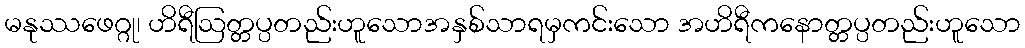
မနုဿဖေဂ္ဂု၊ ဟိရီဩတ္တပ္ပတည်းဟူသောအနှစ်သာရမှကင်းသော အဟိရီကနောတ္တပ္ပတည်းဟူသော